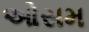
ઓસમ